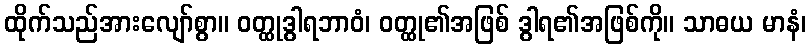
ထိုက်သည်အားလျော်စွာ။ ဝတ္ထုဒွါရဘာဝံ၊ ဝတ္ထု၏အဖြစ် ဒွါရ၏အဖြစ်ကို။ သာဓယ မာနံ၊